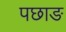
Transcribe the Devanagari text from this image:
पछाङ